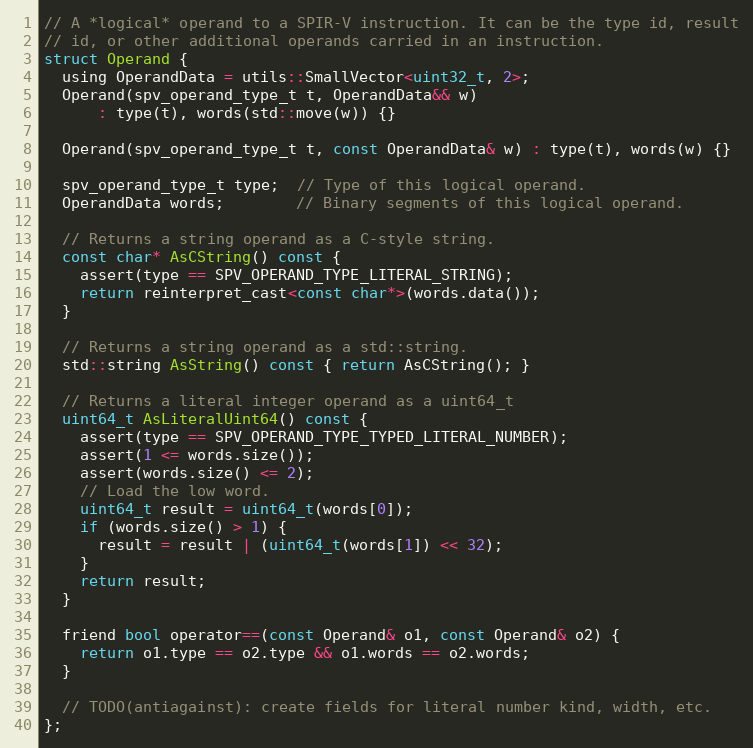
Language: C
// A *logical* operand to a SPIR-V instruction. It can be the type id, result
// id, or other additional operands carried in an instruction.
struct Operand {
  using OperandData = utils::SmallVector<uint32_t, 2>;
  Operand(spv_operand_type_t t, OperandData&& w)
      : type(t), words(std::move(w)) {}

  Operand(spv_operand_type_t t, const OperandData& w) : type(t), words(w) {}

  spv_operand_type_t type;  // Type of this logical operand.
  OperandData words;        // Binary segments of this logical operand.

  // Returns a string operand as a C-style string.
  const char* AsCString() const {
    assert(type == SPV_OPERAND_TYPE_LITERAL_STRING);
    return reinterpret_cast<const char*>(words.data());
  }

  // Returns a string operand as a std::string.
  std::string AsString() const { return AsCString(); }

  // Returns a literal integer operand as a uint64_t
  uint64_t AsLiteralUint64() const {
    assert(type == SPV_OPERAND_TYPE_TYPED_LITERAL_NUMBER);
    assert(1 <= words.size());
    assert(words.size() <= 2);
    // Load the low word.
    uint64_t result = uint64_t(words[0]);
    if (words.size() > 1) {
      result = result | (uint64_t(words[1]) << 32);
    }
    return result;
  }

  friend bool operator==(const Operand& o1, const Operand& o2) {
    return o1.type == o2.type && o1.words == o2.words;
  }

  // TODO(antiagainst): create fields for literal number kind, width, etc.
};